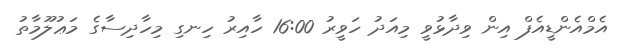
އެމްއެންޑީއެފް އިން ވިދާޅުވީ މިއަދު ހަވީރު 16:00 ހާއިރު ހިނގި މިހާދިސާގެ މަޢުލޫމާތު